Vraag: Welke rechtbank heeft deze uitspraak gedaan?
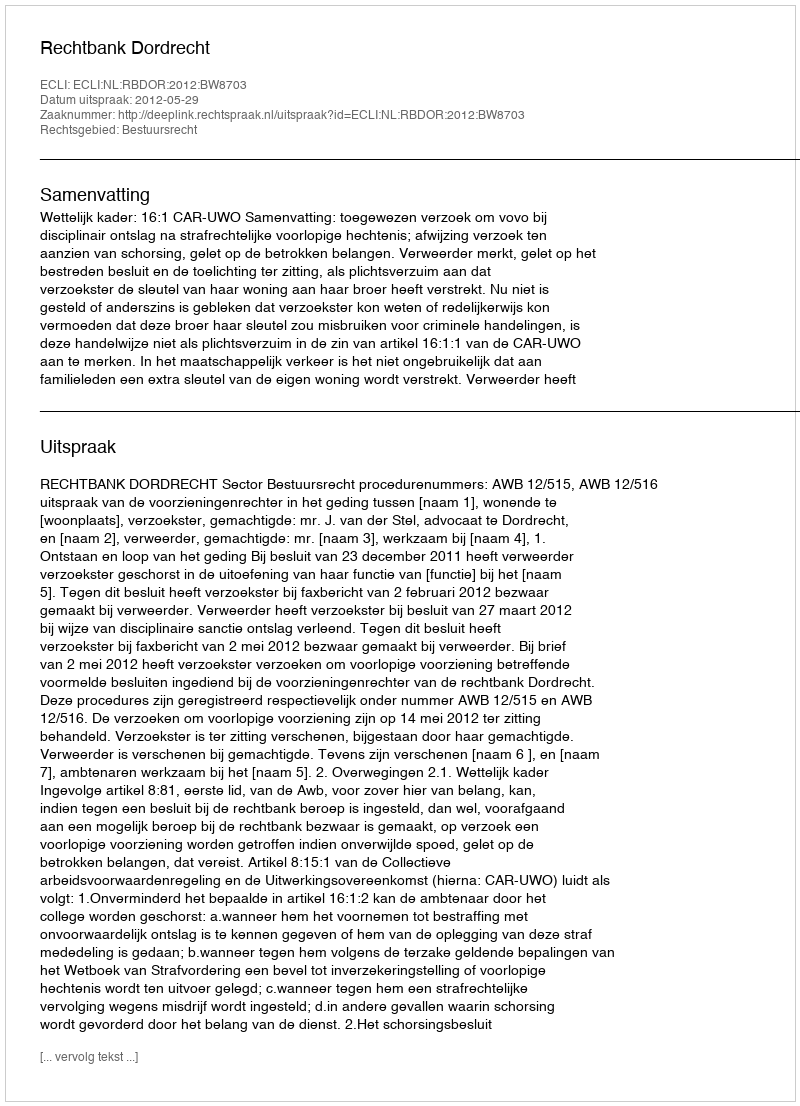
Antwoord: Rechtbank Dordrecht